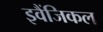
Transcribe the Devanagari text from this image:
इवैंजिकल